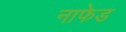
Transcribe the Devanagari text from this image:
नाफेड